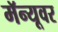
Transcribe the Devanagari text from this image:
मॅन्यूवर